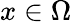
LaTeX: x\in\Omega